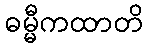
ဓမ္မီကထာတိ